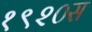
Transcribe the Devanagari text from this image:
१९२०स